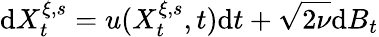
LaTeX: \textrm{d}X_{t}^{\xi,s}=u(X_{t}^{\xi,s},t)\textrm{d}t+\sqrt{2\nu}\textrm{d}B_{t}